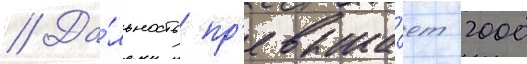
// Да́льность пр'евыша́ет 2000